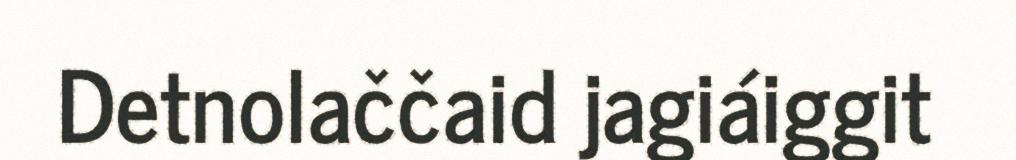
Detnolaččaid jagiáiggit